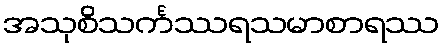
အသုစိသင်္ကဿရသမာစာရဿ